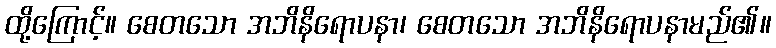
ထို့ကြောင့်။ စေတသော အဘိနိရောပနာ၊ စေတသော အဘိနိရောပနာမည်၏။